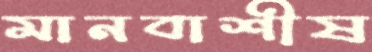
মানবাশীষ